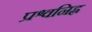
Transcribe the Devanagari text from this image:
प्रश्वनिह्न